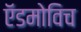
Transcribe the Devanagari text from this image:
ऍडमोविच